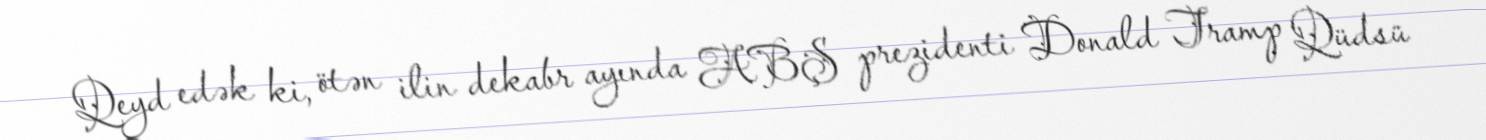
Qeyd edək ki, ötən ilin dekabr ayında ABŞ prezidenti Donald Tramp Qüdsü